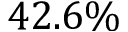
4 2 . 6 \%